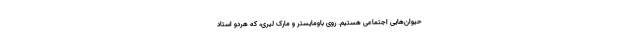
حیوان‌هایی اجتماعی هستیم. روی باومایستر و مارک لیری، که هردو استاد